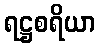
ရဋ္ဌစရိယာ